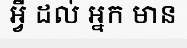
អ្វី ដល់ អ្នក មាន